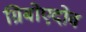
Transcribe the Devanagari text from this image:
ग्रिबोएदोव